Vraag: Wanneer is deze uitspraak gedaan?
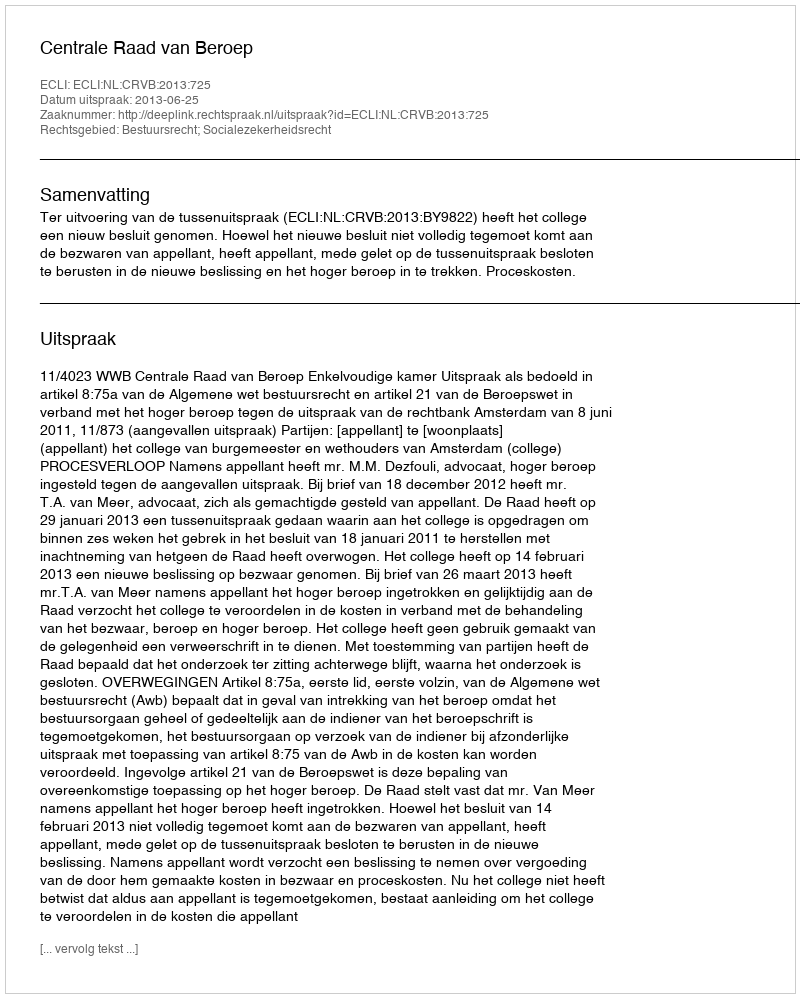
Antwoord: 2013-06-25